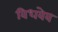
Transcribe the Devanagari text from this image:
विधवेव